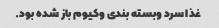
غذا سرد وبسته بندی وکیوم باز شده بود.